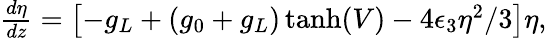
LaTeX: \begin{array}{r}{\frac{d\eta}{dz}=\left[-g_{L}+\left(g_{0}+g_{L}\right)\operatorname{tanh}(V)-4\epsilon_{3}\eta^{2}/3\right]\eta,}\end{array}